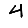
Digit: 4